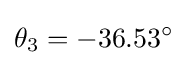
\theta _{3}=-36.53^{\circ }